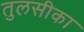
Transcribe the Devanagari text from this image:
तुलसीका